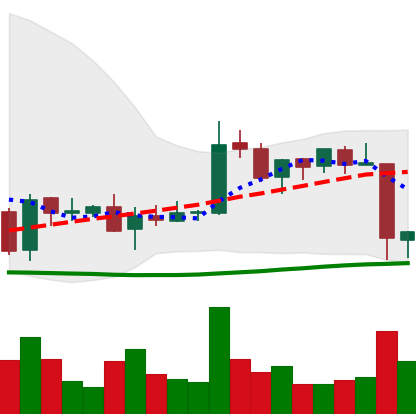
Ticker: EOS-USD
Chart end date: 2018-06-11
Forward return: -8.297%
Label: down_7plus